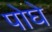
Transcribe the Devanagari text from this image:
पोघे